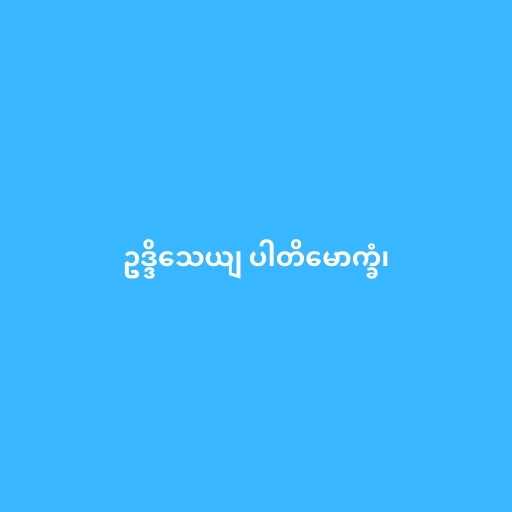
ဥဒ္ဒိသေယျ ပါတိမောက္ခံ၊